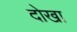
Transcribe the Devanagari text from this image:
दोखा